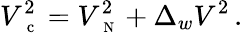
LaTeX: V_{\mathrm{~\small~c~}}^{2}=V_{\mathrm{~\scriptsize~N~}}^{2}+\Delta_{w}V^{2}\, .